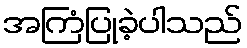
အကြံပြုခဲ့ပါသည်